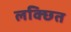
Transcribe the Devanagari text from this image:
लक्छित